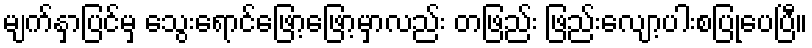
မျက်နှာပြင်မှ သွေးရောင်ဖြော့ဖြော့မှာလည်း တဖြည်း ဖြည်းလျော့ပါးစပြုပေပြီ။